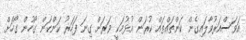
އަވަސްއަރުވާލައިގެން ކަންތައްތައް ކުރަން އުޅުމަކީ ވަރަށް ގިނަ ފަހަރު ކަންކަން ގޯހުން ގޯހަށް